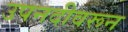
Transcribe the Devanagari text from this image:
उपनदीवरून